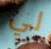
لي